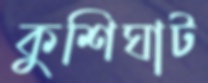
কুশিঘাট